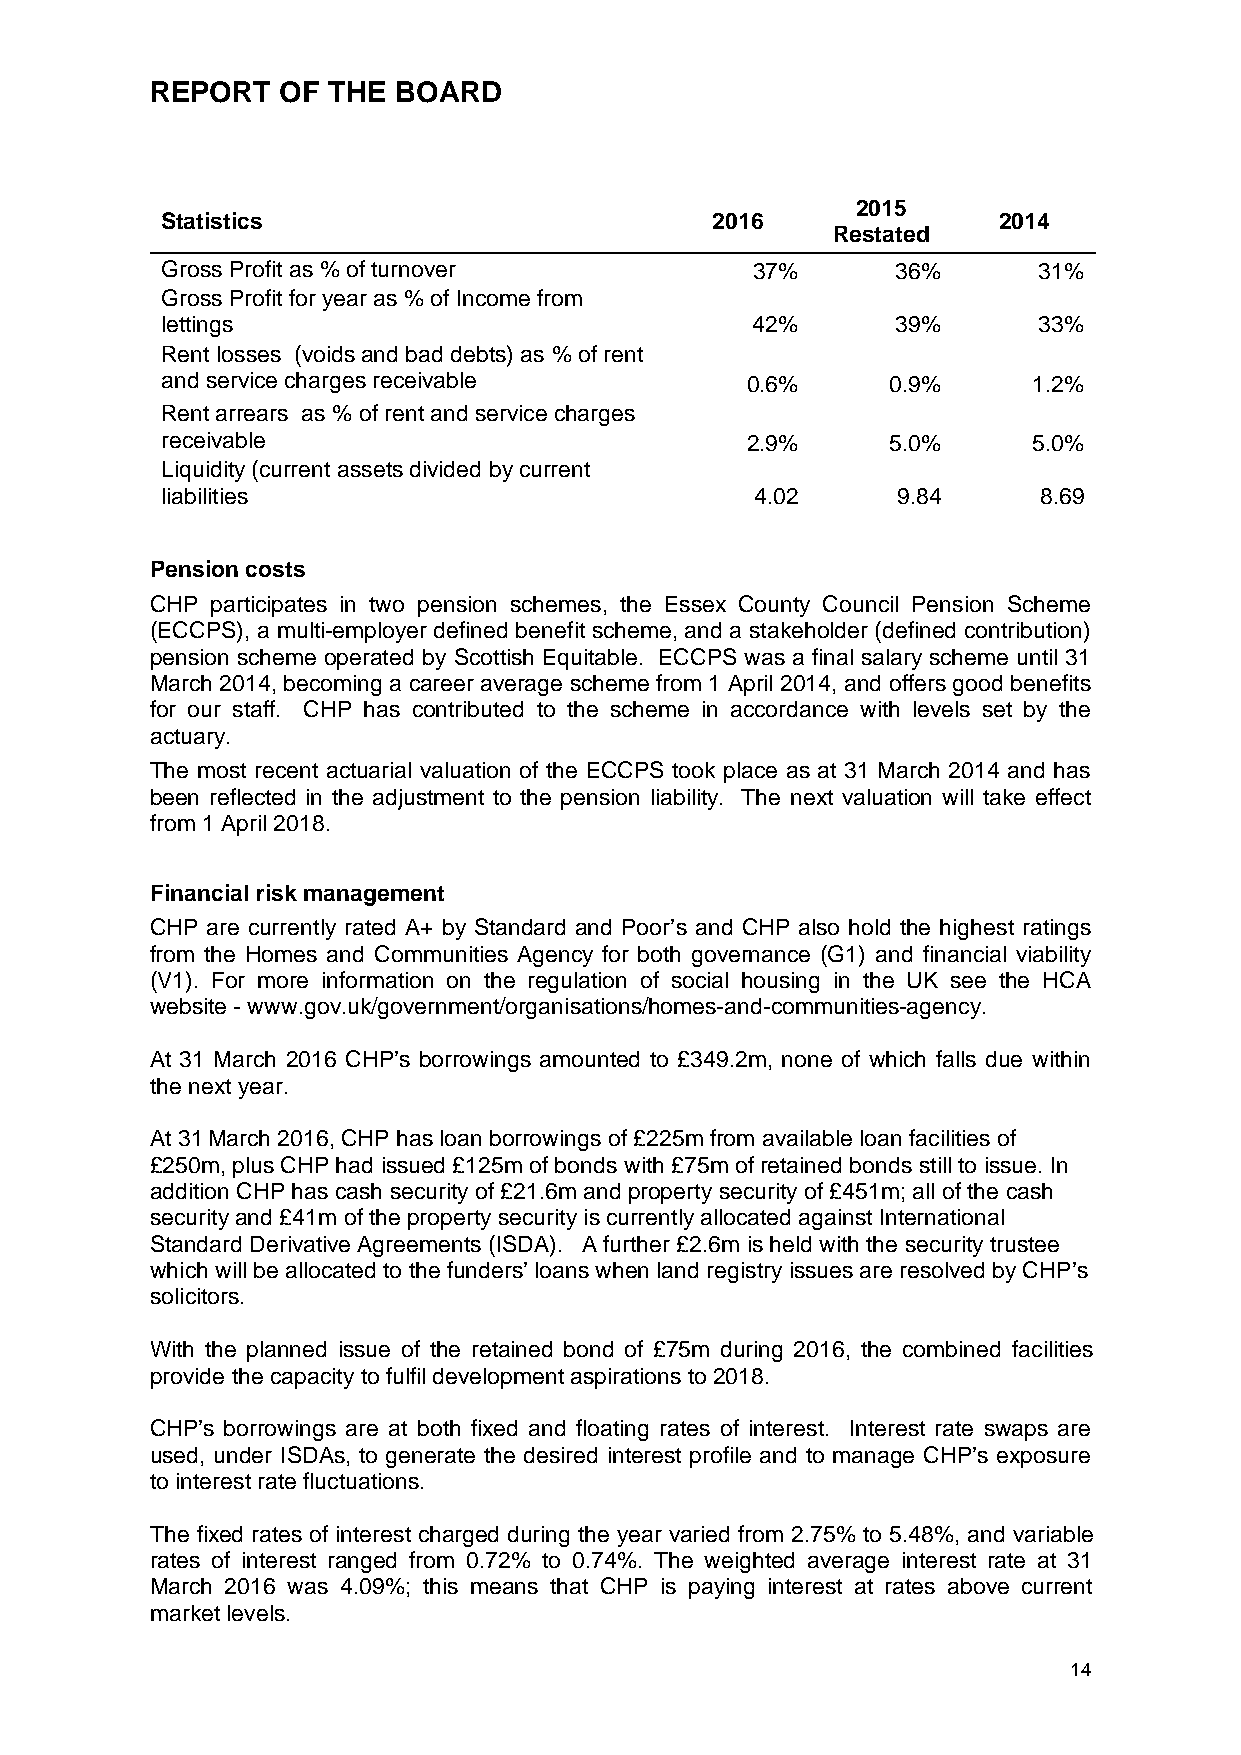
REPORT   OF THE BOARD
 2015
 Statistics                          2016               2014
 Restated
 Gross Profit as % of turnover          37%      36%       31%
 Gross Profit for year as % of Income from
 lettings                               42%      39%       33%
 Rent losses (voids and bad debts) as % of rent
 and service charges receivable        0.6%      0.9%     1.2%
 Rent arrears as % of rent and service charges
 receivable                            2.9%      5.0%     5.0%
 Liquidity (current assets divided by current
 liabilities                            4.02     9.84      8.69
 Pension costs
 CHP participates in two pension schemes, the Essex County Council Pension Scheme
 (ECCPS), a multi-employer defined benefit scheme, and a stakeholder (defined contribution)
 pension scheme operated by Scottish Equitable. ECCPS was a final salary scheme until 31
 March 2014, becoming a career average scheme from 1 April 2014, and offers good benefits
 for our staff. CHP has contributed to the scheme in accordance with levels set by the
 actuary.
 The most recent actuarial valuation of the ECCPS took place as at 31 March 2014 and has
 been reflected in the adjustment to the pension liability. The next valuation will take effect
 from 1 April 2018.
 Financial risk management
 CHP are currently rated A+ by Standard and Poor’s and CHP also hold the highest ratings
 from the Homes and Communities Agency for both governance (G1) and financial viability
 (V1). For more information on the regulation of social housing in the UK see the HCA
 website - www.gov.uk/government/organisations/homes-and-communities-agency.
 At 31 March 2016 CHP’s borrowings amounted to £349.2m, none of which falls due within
 the next year.
 At 31March 2016, CHP has loan borrowings of £225m from available loan facilities of
 £250m, plus CHP had issued £125m of bonds with £75m of retained bonds still to issue. In
 addition CHP has cash security of £21.6m and property security of £451m; all of the cash
 security and £41m of the property security is currently allocated against International
 Standard Derivative Agreements (ISDA). A further £2.6m is held with the security trustee
 which will be allocated to the funders’ loans when land registry issues are resolved by CHP’s
 solicitors.
 With the planned issue of the retained bond of £75m during 2016, the combined facilities
 provide the capacity to fulfil development aspirations to 2018.
 CHP’s borrowings are at both fixed and floating rates of interest. Interest rate swaps are
 used, under ISDAs, to generate the desired interest profile and to manage CHP’s exposure
 to interest rate fluctuations.
 The fixed rates of interest charged during the year varied from 2.75% to 5.48%, and variable
 rates of interest ranged from 0.72% to 0.74%. The weighted average interest rate at 31
 March 2016 was 4.09%; this means that CHP is paying interest at rates above current
 market levels.
 14